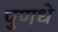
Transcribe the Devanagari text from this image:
पुणधे